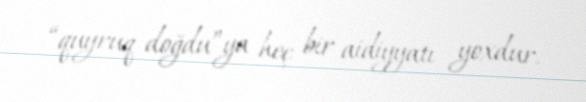
“quyruq doğdu”ya heç bir aidiyyatı yoxdur.